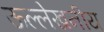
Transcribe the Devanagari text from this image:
ऊल्लेखनीय